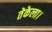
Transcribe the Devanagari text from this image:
तेकेला।